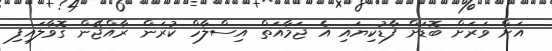
އަށް ވަރަށް ބޮޑަށް ފާޑުކިޔައި އެ ޖަމާއަތް އިސްލާހް ކުރަން ރާއްޖޭން ގޮވާލައިފި